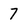
Character: 7